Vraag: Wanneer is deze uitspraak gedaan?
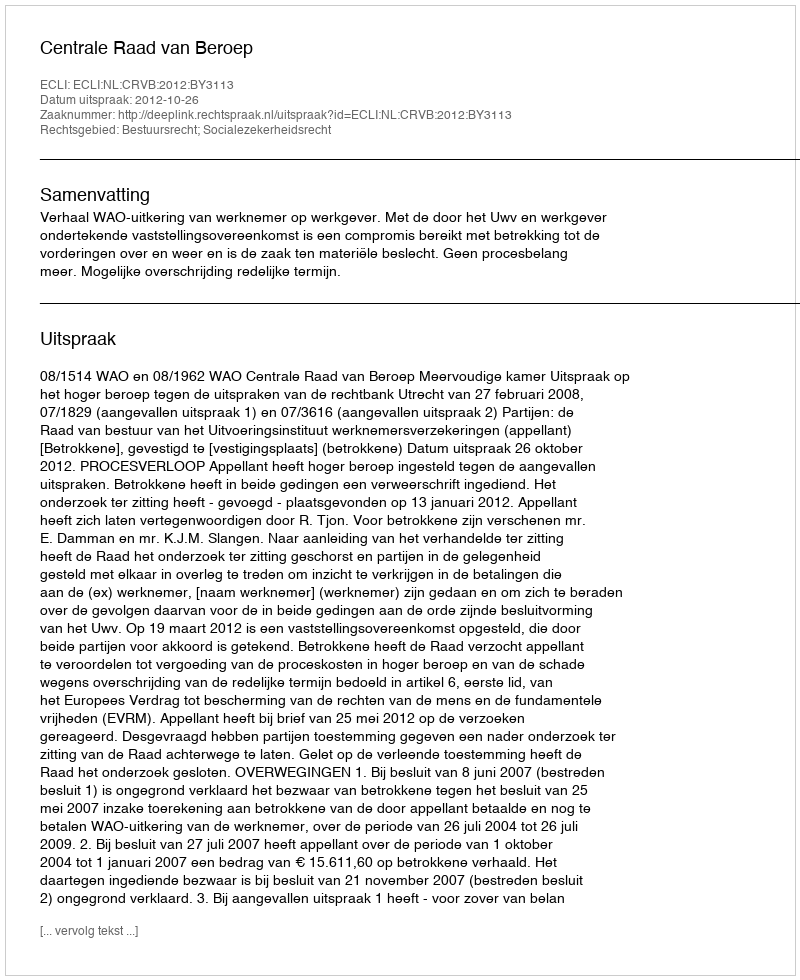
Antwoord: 2012-10-26